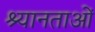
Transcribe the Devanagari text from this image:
श्यानताओं